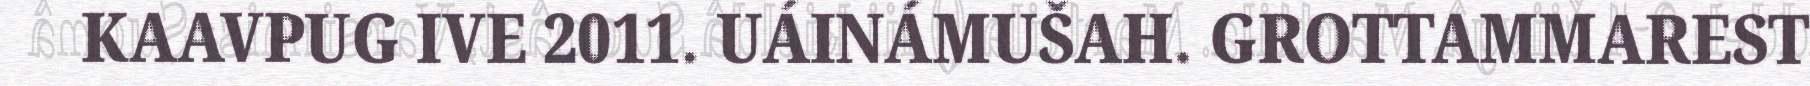
KAAVPUG IVE 2011. UÁINÁMUŠAH. GROTTAMMAREST